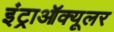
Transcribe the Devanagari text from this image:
इंट्राऑक्यूलर